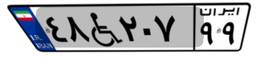
۶۳W۱۲۷۲۴